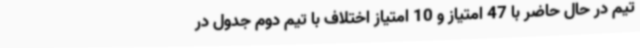
تیم در حال حاضر با 47 امتیاز و 10 امتیاز اختلاف با تیم دوم جدول در